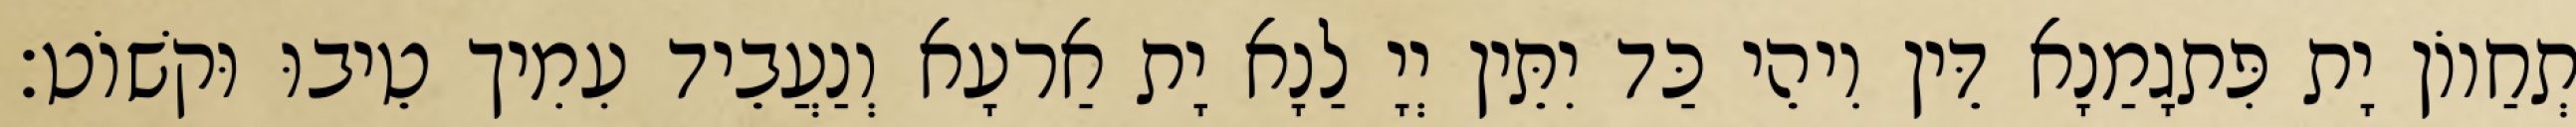
תְחַווֹן יָת פִּתגָמַנָא דֵּין וִיהֵי כַּד יִתֵּין יְיָ לַנָא יָת אַרעָא וְנַעֲבֵיד עִמִיך טֵיבוּ וּקשׁוֹט׃